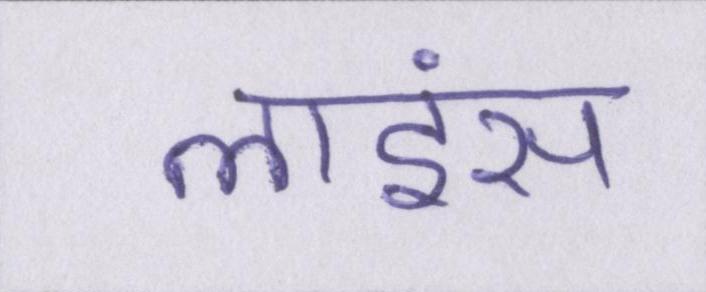
लाइंस